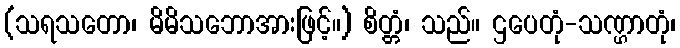
(သရသတော၊ မိမိသဘောအားဖြင့်။) စိတ္တံ၊ သည်။ ဌပေတုံ-သဏ္ဌာတုံ၊